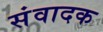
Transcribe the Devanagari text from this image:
संवादक